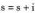
$$s = s + i$$